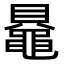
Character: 𬹠